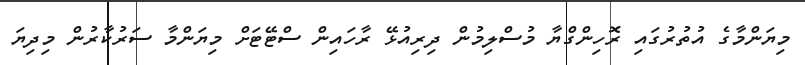
މިޔަންމާގެ އުތުރުގައި ރޮހިންގްޔާ މުސްލިމުން ދިރިއުޅޭ ރާހައިން ސްޓޭޓަށް މިޔަންމާ ސަރުކާރުން މިދިޔަ